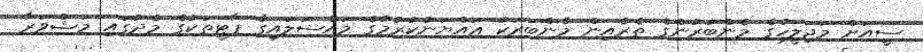
ސީއަށް މަޖިލީހުގެ މެންބަރުންގެ ތެރެއިން މެންބަރަކު ޢައްޔަނުކުރުމުގެ މައްސަލައިގާ ޕާޓީތަކުގެ މެދުގައި މަޝްވަރާ